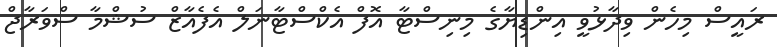
ރައީސް މިހެން ވިދާޅުވީ އިންޑިޔާގެ މިނިސްޓާ އޮފް އެކްސްޓާނަލް އެފެއާޒް ސުޝްމާ ސްވަރާޖް